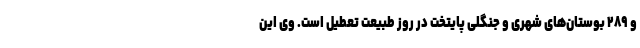
و ۲۸۹ بوستان‌های شهری و جنگلی پایتخت در روز طبیعت تعطیل است. وی این